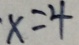
x = 4